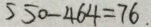
5 5 0 - 4 6 4 = 7 6 .